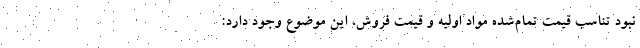
نبود تناسب قیمت تمام‌شده مواد اولیه و قیمت فروش، این موضوع وجود دارد: